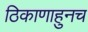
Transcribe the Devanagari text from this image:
ठिकाणाहुनच